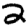
Digit: 2